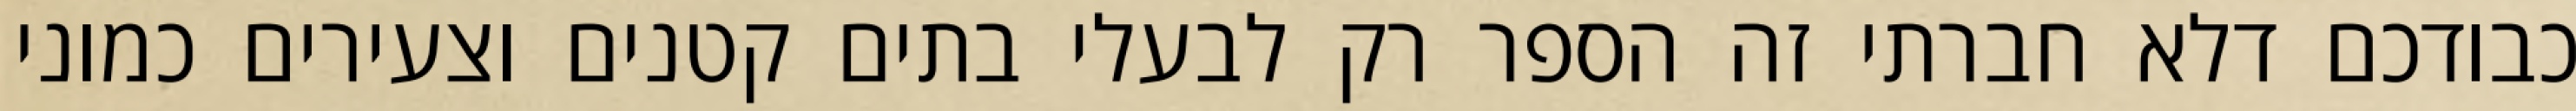
כבודכם דלא חברתי זה הספר רק לבעלי בתים קטנים וצעירים כמוני